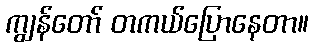
ကျွန်တော် တကယ်ပြောနေတာ။